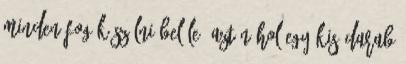
minden fog készülni belőle. Aztán hol egy kis darab